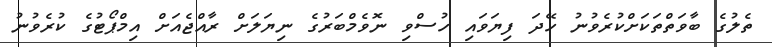
ތެލުގެ ބާވަތްތަކަށްކުރެވުނު ހޭދަ ފިޔަވައި ހުސްވި ނޮވެމްބަރުގެ ނިޔަލަށް ރާއްޖެއަށް އިމްޕޯޓުގެ ކުރެވުނު